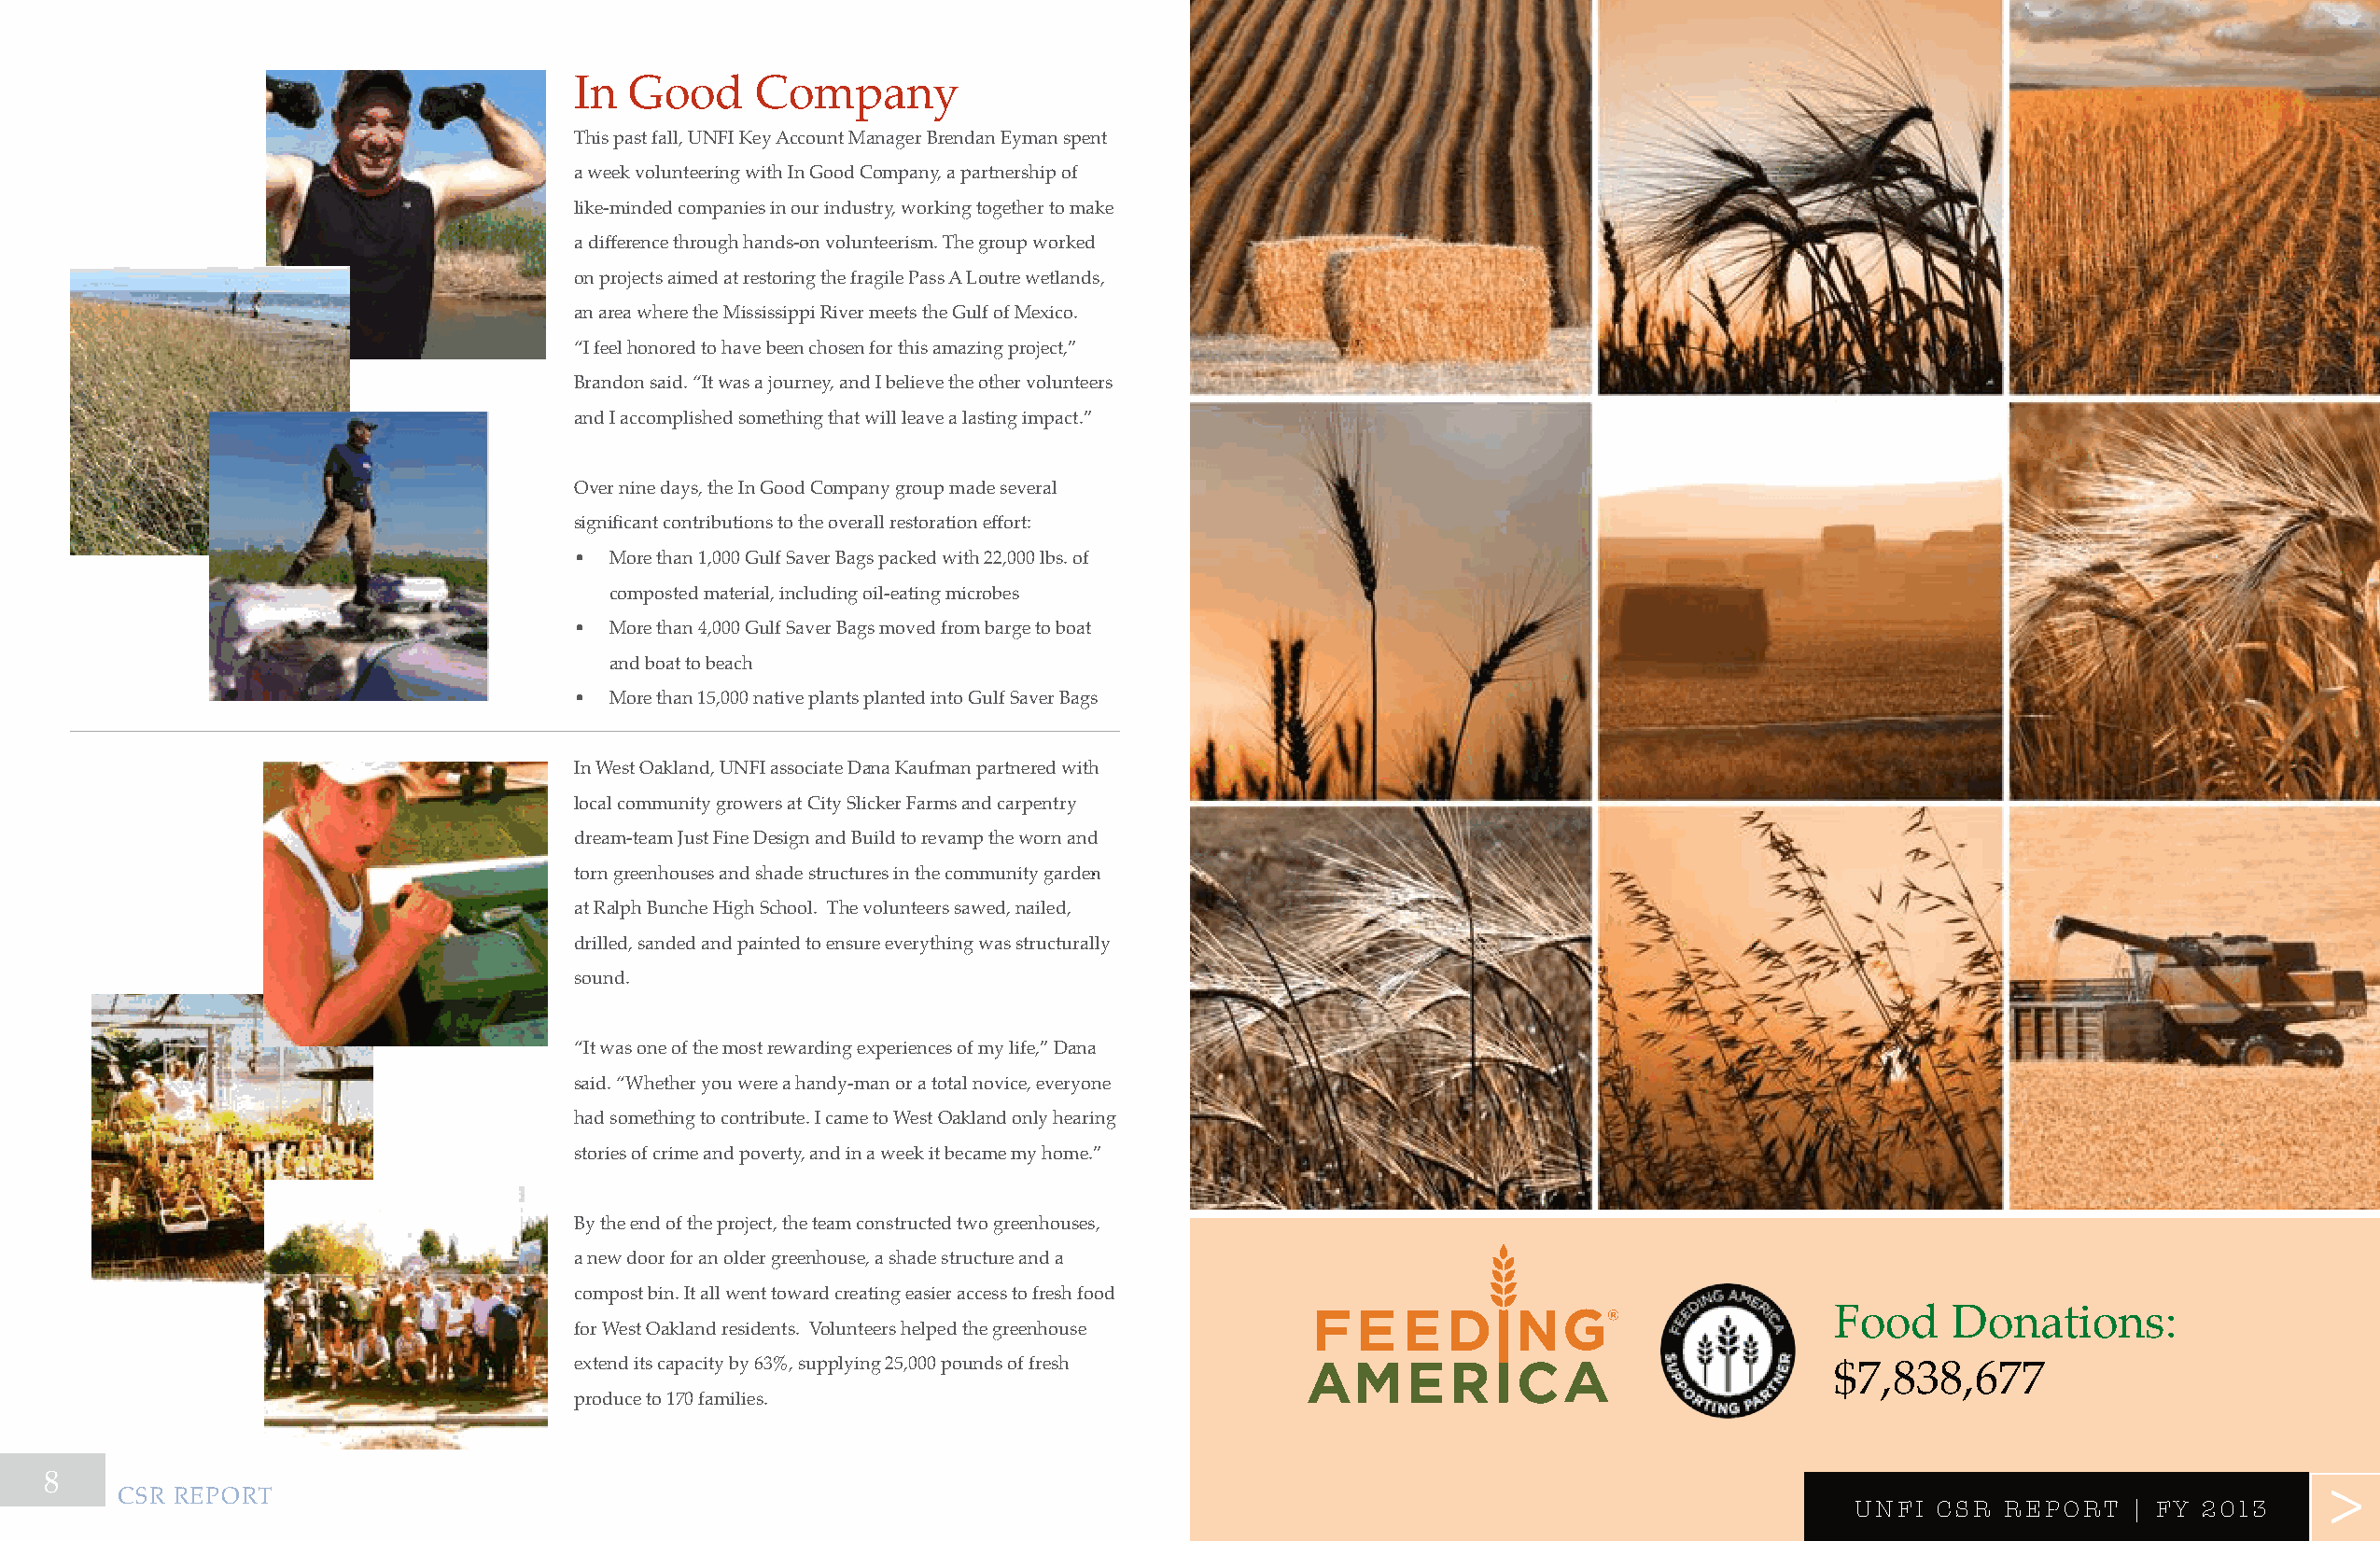
in  good     company
 this past fall, unFi Key account manager Brendan eyman spent
 a week volunteering with in good company, a partnership of
 like-minded companies in our industry, working together to make
 a difference through hands-on volunteerism. The group worked
 on projects aimed at restoring the fragile pass a loutre wetlands,
 an area where the mississippi river meets the gulf of mexico.
 “i feel honored to have been chosen for this amazing project,”
 Brandon said. “it was a journey, and i believe the other volunteers
 and i accomplished something that will leave a lasting impact.”
 over nine days, the in good company group made several
 significant contributions to the overall restoration effort:
 • more than 1,000 gulf saver Bags packed with 22,000 lbs. of
 composted material, including oil-eating microbes
 • more than 4,000 gulf saver Bags moved from barge to boat
 and boat to beach
 • more than 15,000 native plants planted into gulf saver Bags
 in West oakland, unFi associate dana Kaufman partnered with
 local community growers at city slicker Farms and carpentry
 dream-team Just Fine design and Build to revamp the worn and
 torn greenhouses and shade structures in the community garden
 at ralph Bunche high school. the volunteers sawed, nailed,
 drilled, sanded and painted to ensure everything was structurally
 sound.
 “it was one of the most rewarding experiences of my life,” dana
 said. “Whether you were a handy-man or a total novice, everyone
 had something to contribute. i came to West oakland only hearing
 stories of crime and poverty, and in a week it became my home.”
 By the end of the project, the team constructed two greenhouses,
 a new door for an older greenhouse, a shade structure and a
 compost bin. it all went toward creating easier access to fresh food
 Food    donations:
 for West oakland residents. volunteers helped the greenhouse
 extend its capacity by 63%, supplying 25,000 pounds of fresh
 $7,838,677
 produce to 170 families.
 8                                                                                                                                                                 >>>
 csr report
 UNFI CSR  RepoR  t | FY 2013